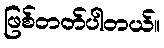
ဖြစ်တတ်ပါတယ်။